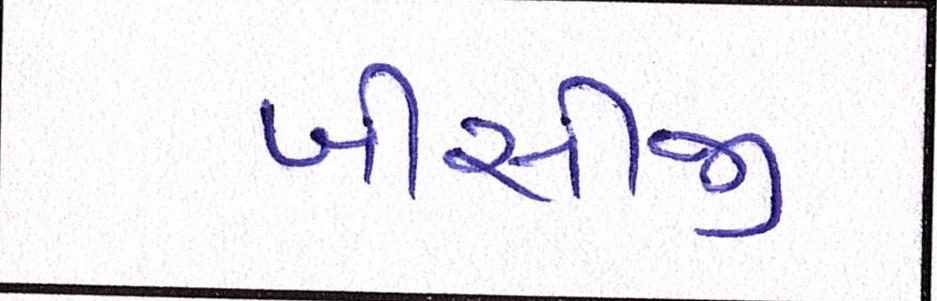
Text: બીસીજી